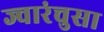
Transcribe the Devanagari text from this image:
ज्वारंचुसा